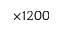
\times 1 2 0 0